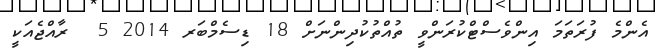
އެންމެ ފުރަތަމަ އިންވެސްޓްކުރަންވީ ތުއްތުކުދިންނަށް 18 ޑިސެމްބަރ 2014 5  ރާއްޖެއަކީ